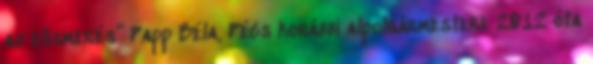
az elismerés” Papp Béla, Pécs korábbi alpolgármestere 2012 óta